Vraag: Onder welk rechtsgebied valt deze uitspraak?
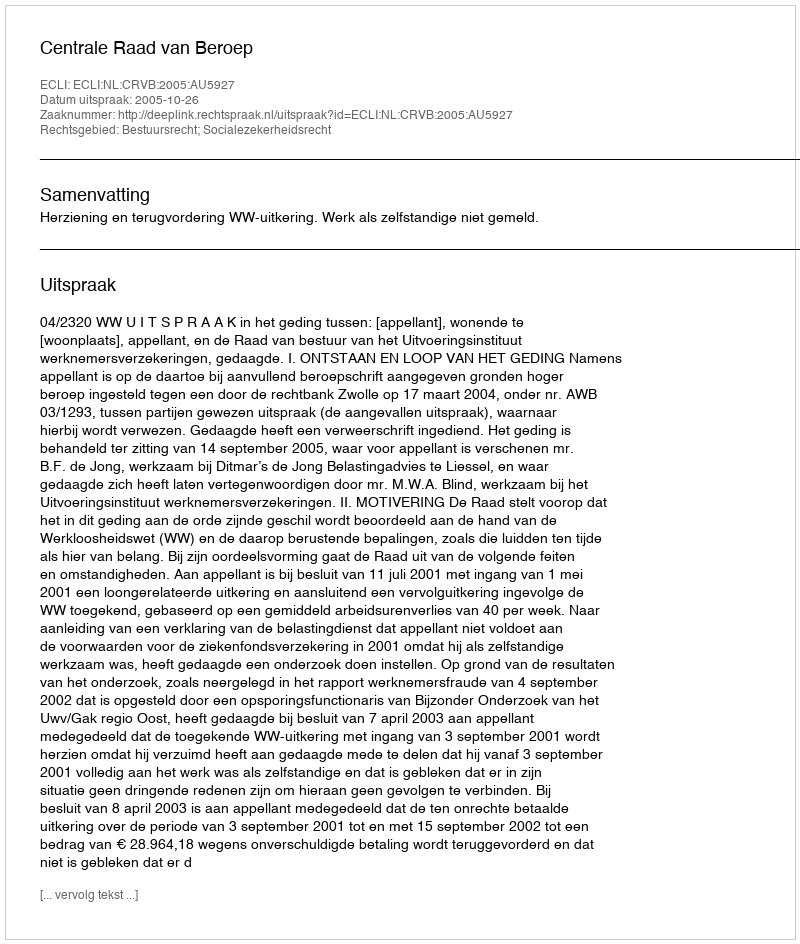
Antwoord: Bestuursrecht; Socialezekerheidsrecht